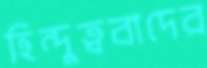
হিন্দুত্ববাদের